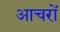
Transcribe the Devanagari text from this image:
आचरों